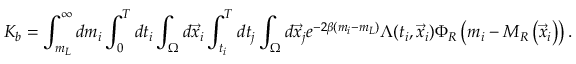
K _ { b } = \int _ { m _ { L } } ^ { \infty } d m _ { i } \int _ { 0 } ^ { T } d t _ { i } \int _ { \Omega } d \vec { x } _ { i } \int _ { t _ { i } } ^ { T } d t _ { j } \int _ { \Omega } d \vec { x } _ { j } e ^ { - 2 \beta ( m _ { i } - m _ { L } ) } \Lambda ( t _ { i } , \vec { x } _ { i } ) \Phi _ { R } \left( m _ { i } - M _ { R } \left( \vec { x } _ { i } \right) \right) .